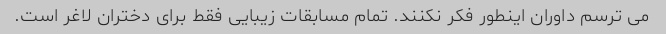
می ترسم داوران اینطور فکر نکنند. تمام مسابقات زیبایی فقط برای دختران لاغر است.